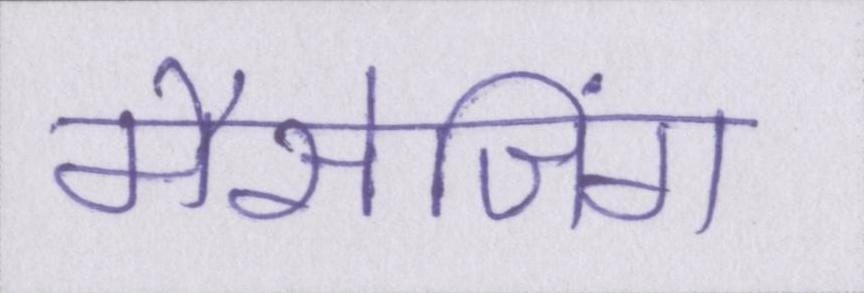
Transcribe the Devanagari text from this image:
मैसेजिंग